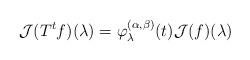
LaTeX: \begin{align*}\mathcal{J}(T^t f)(\lambda)=\varphi_\lambda^{(\alpha,\beta)}(t)\mathcal{J}(f)(\lambda)\end{align*}